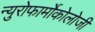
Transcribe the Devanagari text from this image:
न्युरोफार्मोकोलोजी